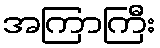
အကြာကြီး